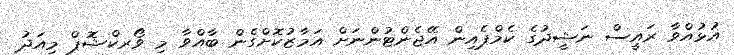
އުޅުއްވާ ރައީސް ނަޝީދުގެ ކެމްޕެއިން އޭޖެންޓުންނަށް އަމާޒުކޮށްގެން ބާއްވާ މި ވޯރކްޝޮޕް މިއަދު